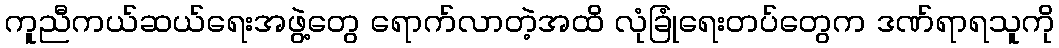
ကူညီကယ်ဆယ်ရေးအဖွဲ့တွေ ရောက်လာတဲ့အထိ လုံခြုံရေးတပ်တွေက ဒဏ်ရာရသူကို